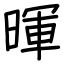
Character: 暉